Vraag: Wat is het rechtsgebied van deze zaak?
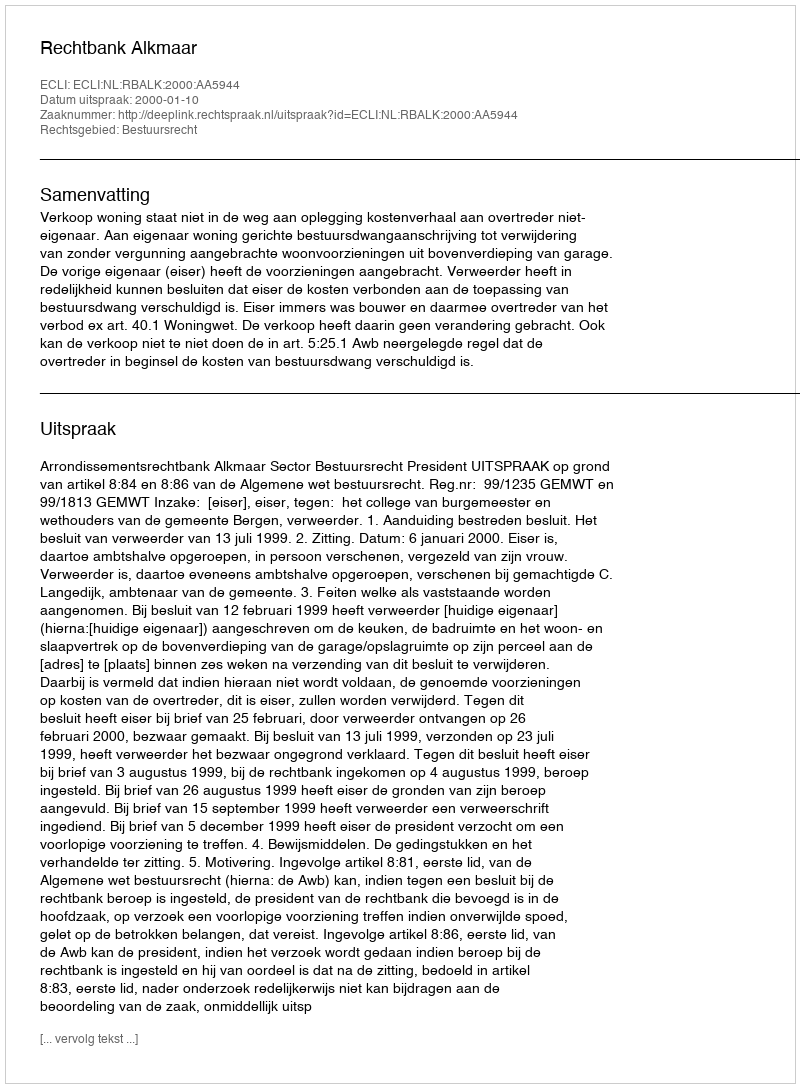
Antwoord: Bestuursrecht